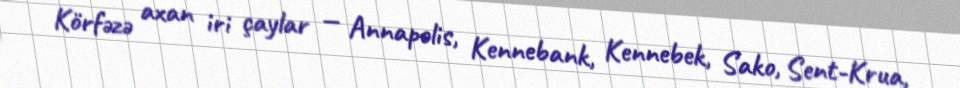
Körfəzə axan iri çaylar — Annapolis, Kennebank, Kennebek, Sako, Sent-Krua,